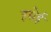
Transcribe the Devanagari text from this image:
इसेई